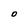
Character: O